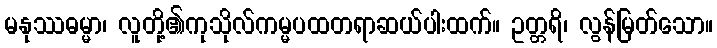
မနုဿဓမ္မာ၊ လူတို့၏ကုသိုလ်ကမ္မပထတရာဆယ်ပါးထက်။ ဥတ္တရိ၊ လွန်မြတ်သော။